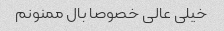
خیلی عالی خصوصا بال ممنونم